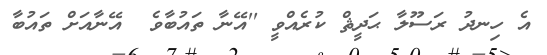
އެ ހިނދު ރަސޫލާ ޙަދީޘް ކުރެއްވީ ''އޭނާ ތައުބާވެ  އޭނާއަށް ތައުބާ